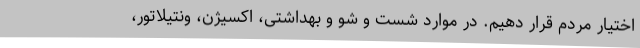
اختیار مردم قرار دهیم. در موارد شست و شو و بهداشتی، اکسیژن، ونتیلاتور،